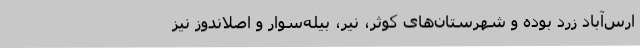
ارس‌آباد زرد بوده و شهرستان‌های کوثر، نیر، بیله‌سوار و اصلاندوز نیز